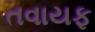
તવાયફ